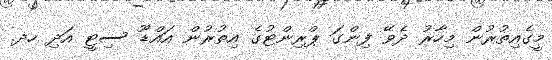
މީގެއިތުރުން މިހާރު ދެވޭ ފިންގަ ޕްރިންޓުގެ އިތުރުން އައްޑޫ ސިޓީ އަދި ހދ.